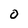
Character: O